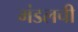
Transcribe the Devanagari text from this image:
मंडलची